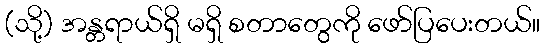
(သို့) အန္တရာယ်ရှိ မရှိ စတာတွေကို ဖော်ပြပေးတယ်။